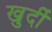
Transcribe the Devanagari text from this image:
खुर्दी